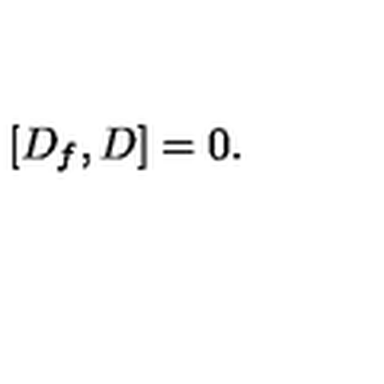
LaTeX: \left[ D _ { f } , D \right] = 0 .